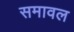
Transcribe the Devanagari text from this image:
समावल